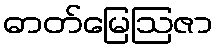
ဓာတ်မြေဩဇာ